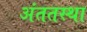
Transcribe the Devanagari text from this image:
अंततस्था